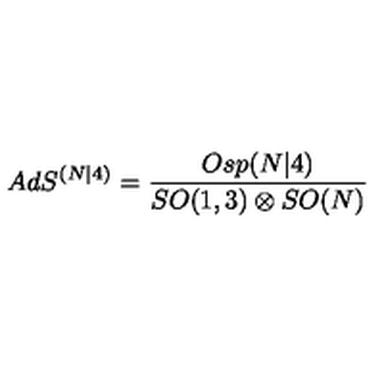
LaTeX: A d S ^ { ( N | 4 ) } = \frac { O s p ( N \vert 4 ) } { S O ( 1 , 3 ) \otimes S O ( N ) }